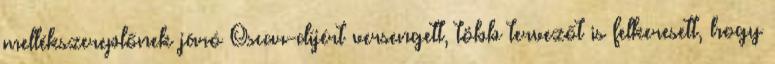
mellékszereplőnek járó Oscar-díjért versengett, több tervezőt is felkeresett, hogy